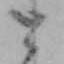
と